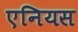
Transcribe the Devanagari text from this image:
एनियस